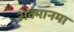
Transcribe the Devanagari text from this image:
अवमानमा